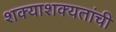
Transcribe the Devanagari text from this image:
शक्याशक्यतांची